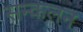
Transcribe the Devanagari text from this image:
सन्कलन